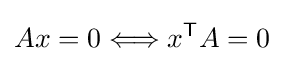
Ax=0\Longleftrightarrow x^{\mathsf {T}}A=0